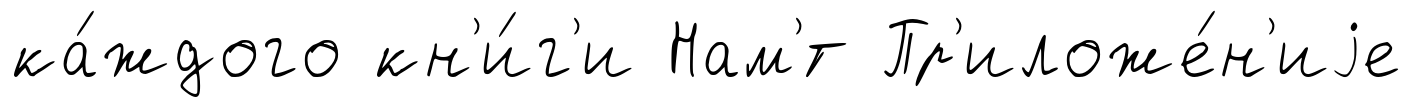
ка́ждого кн'и́г'и Нам'́т Пр'иложе́н'иjе